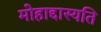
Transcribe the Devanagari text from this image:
मोहाद्दास्यति